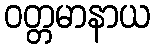
ဝတ္တမာနာယ